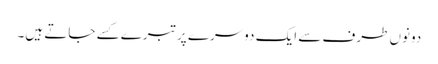
دونوں طرف سے ایک دوسرے پر تبرے کسے جاتے ہیں۔